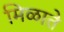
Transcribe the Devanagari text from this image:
मिळाते